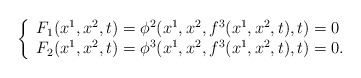
\begin{align*}\left\{ \begin{array}{l}F_1(x^1,x^2,t)=\phi ^2(x^1,x^2,f^3(x^1,x^2,t),t)=0 \\ F_2(x^1,x^2,t)=\phi ^3(x^1,x^2,f^3(x^1,x^2,t),t)=0. \end{array}\right.\end{align*}